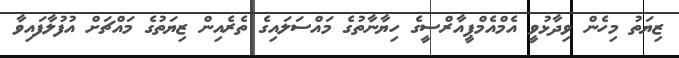
ޒިޔަތު މިހެން ވިދާޅުވީ އެމްއެމްޕީއާރްސީގެ ހިޔާނާތުގެ މައްސަލައިގެ ތެރެއިން ޒިޔަތުގެ މައްޗަށް އުފުލާފައިވާ